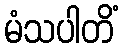
မံသပါတိံ